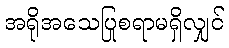
အရိုအသေပြုစရာမရှိလျှင်